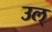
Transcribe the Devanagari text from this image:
उल्‌